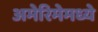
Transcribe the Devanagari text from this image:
अमेरिमेमध्ये